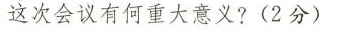
这次会议有何重大意义?(2分)